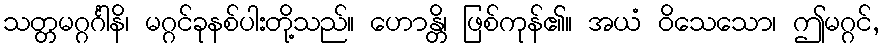
သတ္တမဂ္ဂင်္ဂါနိ၊ မဂ္ဂင်ခုနစ်ပါးတို့သည်။ ဟောန္တိ၊ ဖြစ်ကုန်၏။ အယံ ဝိသေသော၊ ဤမဂ္ဂင်,